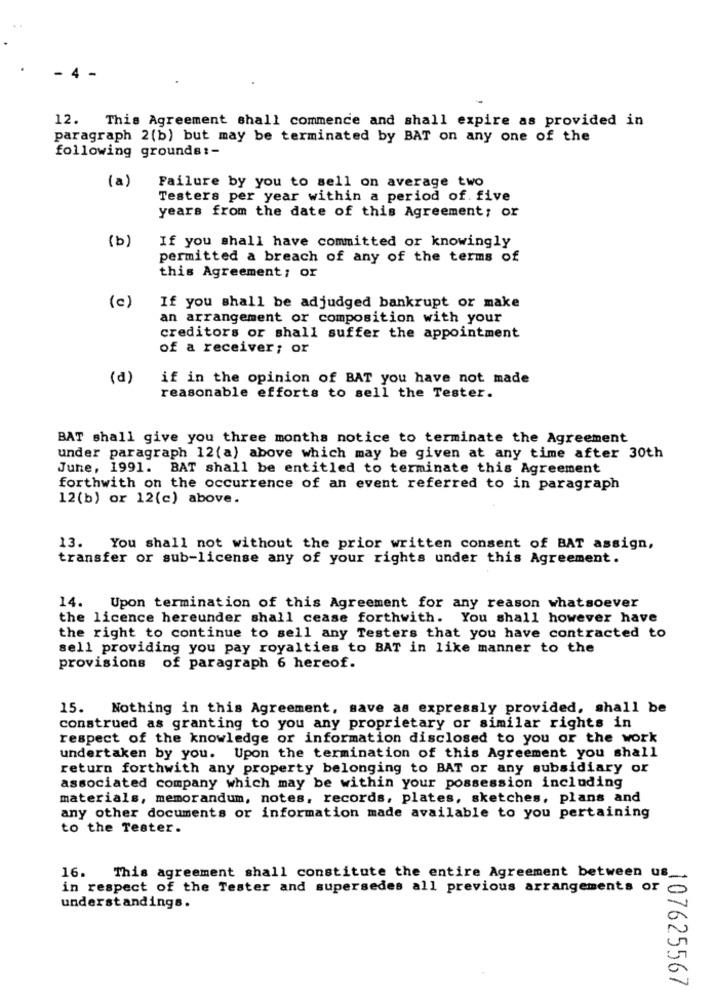
12.
This Agreement shall commence and shall expire as provided in
paragraph 2(b) but may be terminated by BAT on any one of the
following grounds :-
(a)
Failure by you to sell on average two
Testers per year within a period of. five
years from the date of this Agreement; or
(b)
If you shall have committed or knowingly
permitted a breach of any of the terms of
this Agreement ; or
(c)
If you shall be adjudged bankrupt or make
an arrangement or composition with your
creditors or shall suffer the appointment
of a receiver; or
(d)
if in the opinion of BAT you have not made
reasonable efforts to sell the Tester.
BAT shall give you three months notice to terminate the Agreement
under paragraph 12(a) above which may be given at any time after 30th
June, 1991. BAT shall be entitled to terminate this Agreement
forthwith on the occurrence of an event referred to in paragraph
12(b) or 12(c) above.
13.
You shall not without the prior written consent of BAT assign,
transfer or sub-license any of your rights under this Agreement.
14. Upon termination of this Agreement for any reason whatsoever
the licence hereunder shall cease forthwith. You shall however have
the right to continue to sell any Testers that you have contracted to
sell providing you pay royalties to BAT in like manner to the
provisions of paragraph 6 hereof.
15. Nothing in this Agreement, save as expressly provided, shall be
construed as granting to you any proprietary or similar rights in
respect of the knowledge or information disclosed to you or the work
undertaken by you. Upon the termination of this Agreement you shall
return forthwith any property belonging to BAT or any subsidiary or
associated company which may be within your possession including
materials, memorandum, notes, records, plates, sketches, plans and
any other documents or information made available to you pertaining
to the Tester.
16. This agreement shall constitute the entire Agreement between us_
in respect of the Tester and supersedes all previous arrangements or
understandings.
107625567